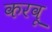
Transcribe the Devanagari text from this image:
करवू